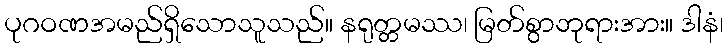
ပုဂဝဏအမည်ရှိသောသူသည်။ နရုတ္တမဿ၊ မြတ်စွာဘုရားအား။ ဒါနံ၊